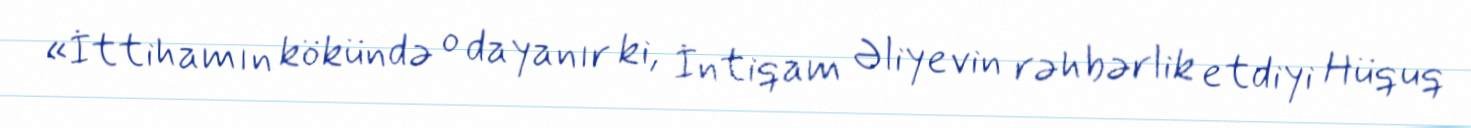
«İttihamın kökündə o dayanır ki, İntiqam Əliyevin rəhbərlik etdiyi Hüquq